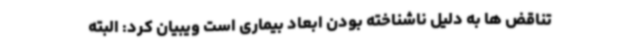
تناقض ها به دلیل ناشناخته بودن ابعاد بیماری است ویبیان کرد: البته